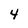
Character: 4